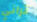
تراني